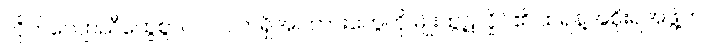
လိုက်လျောညီထွေစွာပင် လက်ရှိအပ်ကားတွေကို မျိုးထွဋ်လှိုင်၏ ထရန့်အစိုးရအဖွဲ့က